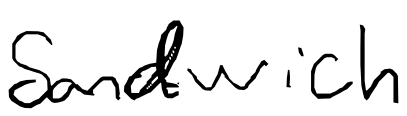
Text: sandwich
Cross-out: clean
Writing tool: digital_black